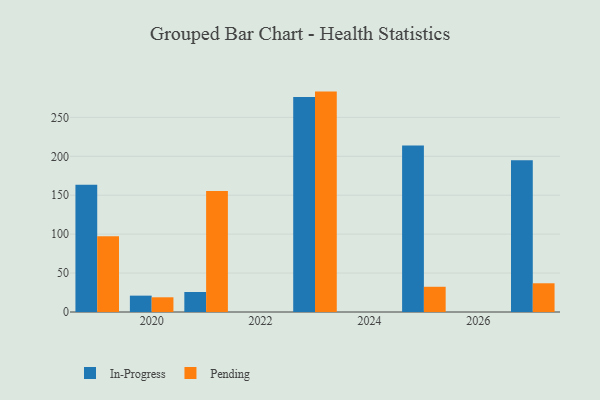
{"axis": {"x": "Year", "y": "LTV (USD)"}, "legend": ["In-Progress", "Pending"], "data": [{"x": "2021", "y": 25.7, "type": "In-Progress"}, {"x": "2021", "y": 155.3, "type": "Pending"}, {"x": "2019", "y": 163.6, "type": "In-Progress"}, {"x": "2019", "y": 97.2, "type": "Pending"}, {"x": "2025", "y": 213.8, "type": "In-Progress"}, {"x": "2025", "y": 32.4, "type": "Pending"}, {"x": "2023", "y": 276.2, "type": "In-Progress"}, {"x": "2023", "y": 283.1, "type": "Pending"}, {"x": "2020", "y": 21.0, "type": "In-Progress"}, {"x": "2020", "y": 18.9, "type": "Pending"}, {"x": "2027", "y": 194.9, "type": "In-Progress"}, {"x": "2027", "y": 36.9, "type": "Pending"}]}